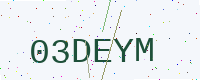
Text: 03DEYM